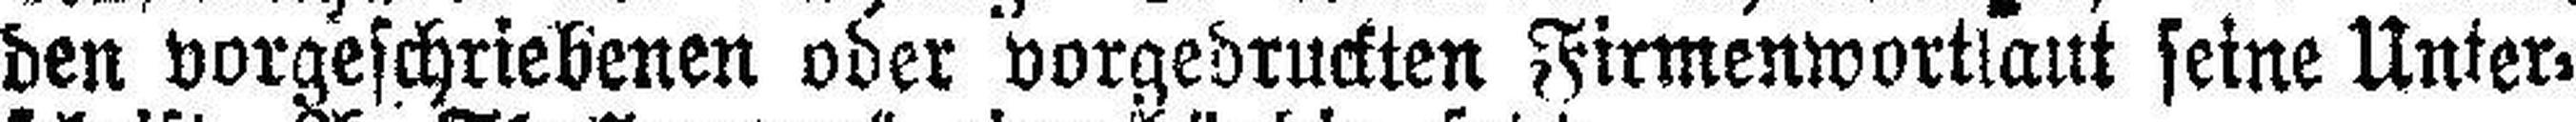
den vorgeschriebenen oder vorgedruckten Firmenwortlaut seine Unter¬